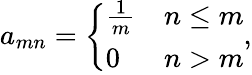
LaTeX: a_{mn}={\left\{ \begin{array}{ll}{{\frac{1}{m}}}&{n\leq m}\\ {0}&{n>m}\end{array}\right.},